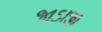
જાડાજી